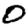
Digit: 0